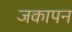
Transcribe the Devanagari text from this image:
जकापन